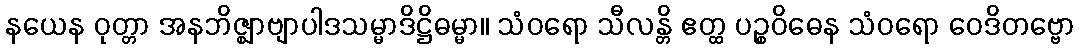
နယေန ဝုတ္တာ အနဘိဇ္ဈာဗျာပါဒသမ္မာဒိဋ္ဌိဓမ္မာ။ သံဝရော သီလန္တိ ဧတ္ထ ပဉ္စဝိဓေန သံဝရော ဝေဒိတဗ္ဗော